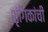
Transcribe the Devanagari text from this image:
शृंगिकांची